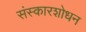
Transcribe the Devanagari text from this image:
संस्कारशोधन